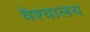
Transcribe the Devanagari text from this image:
वैश्यालय